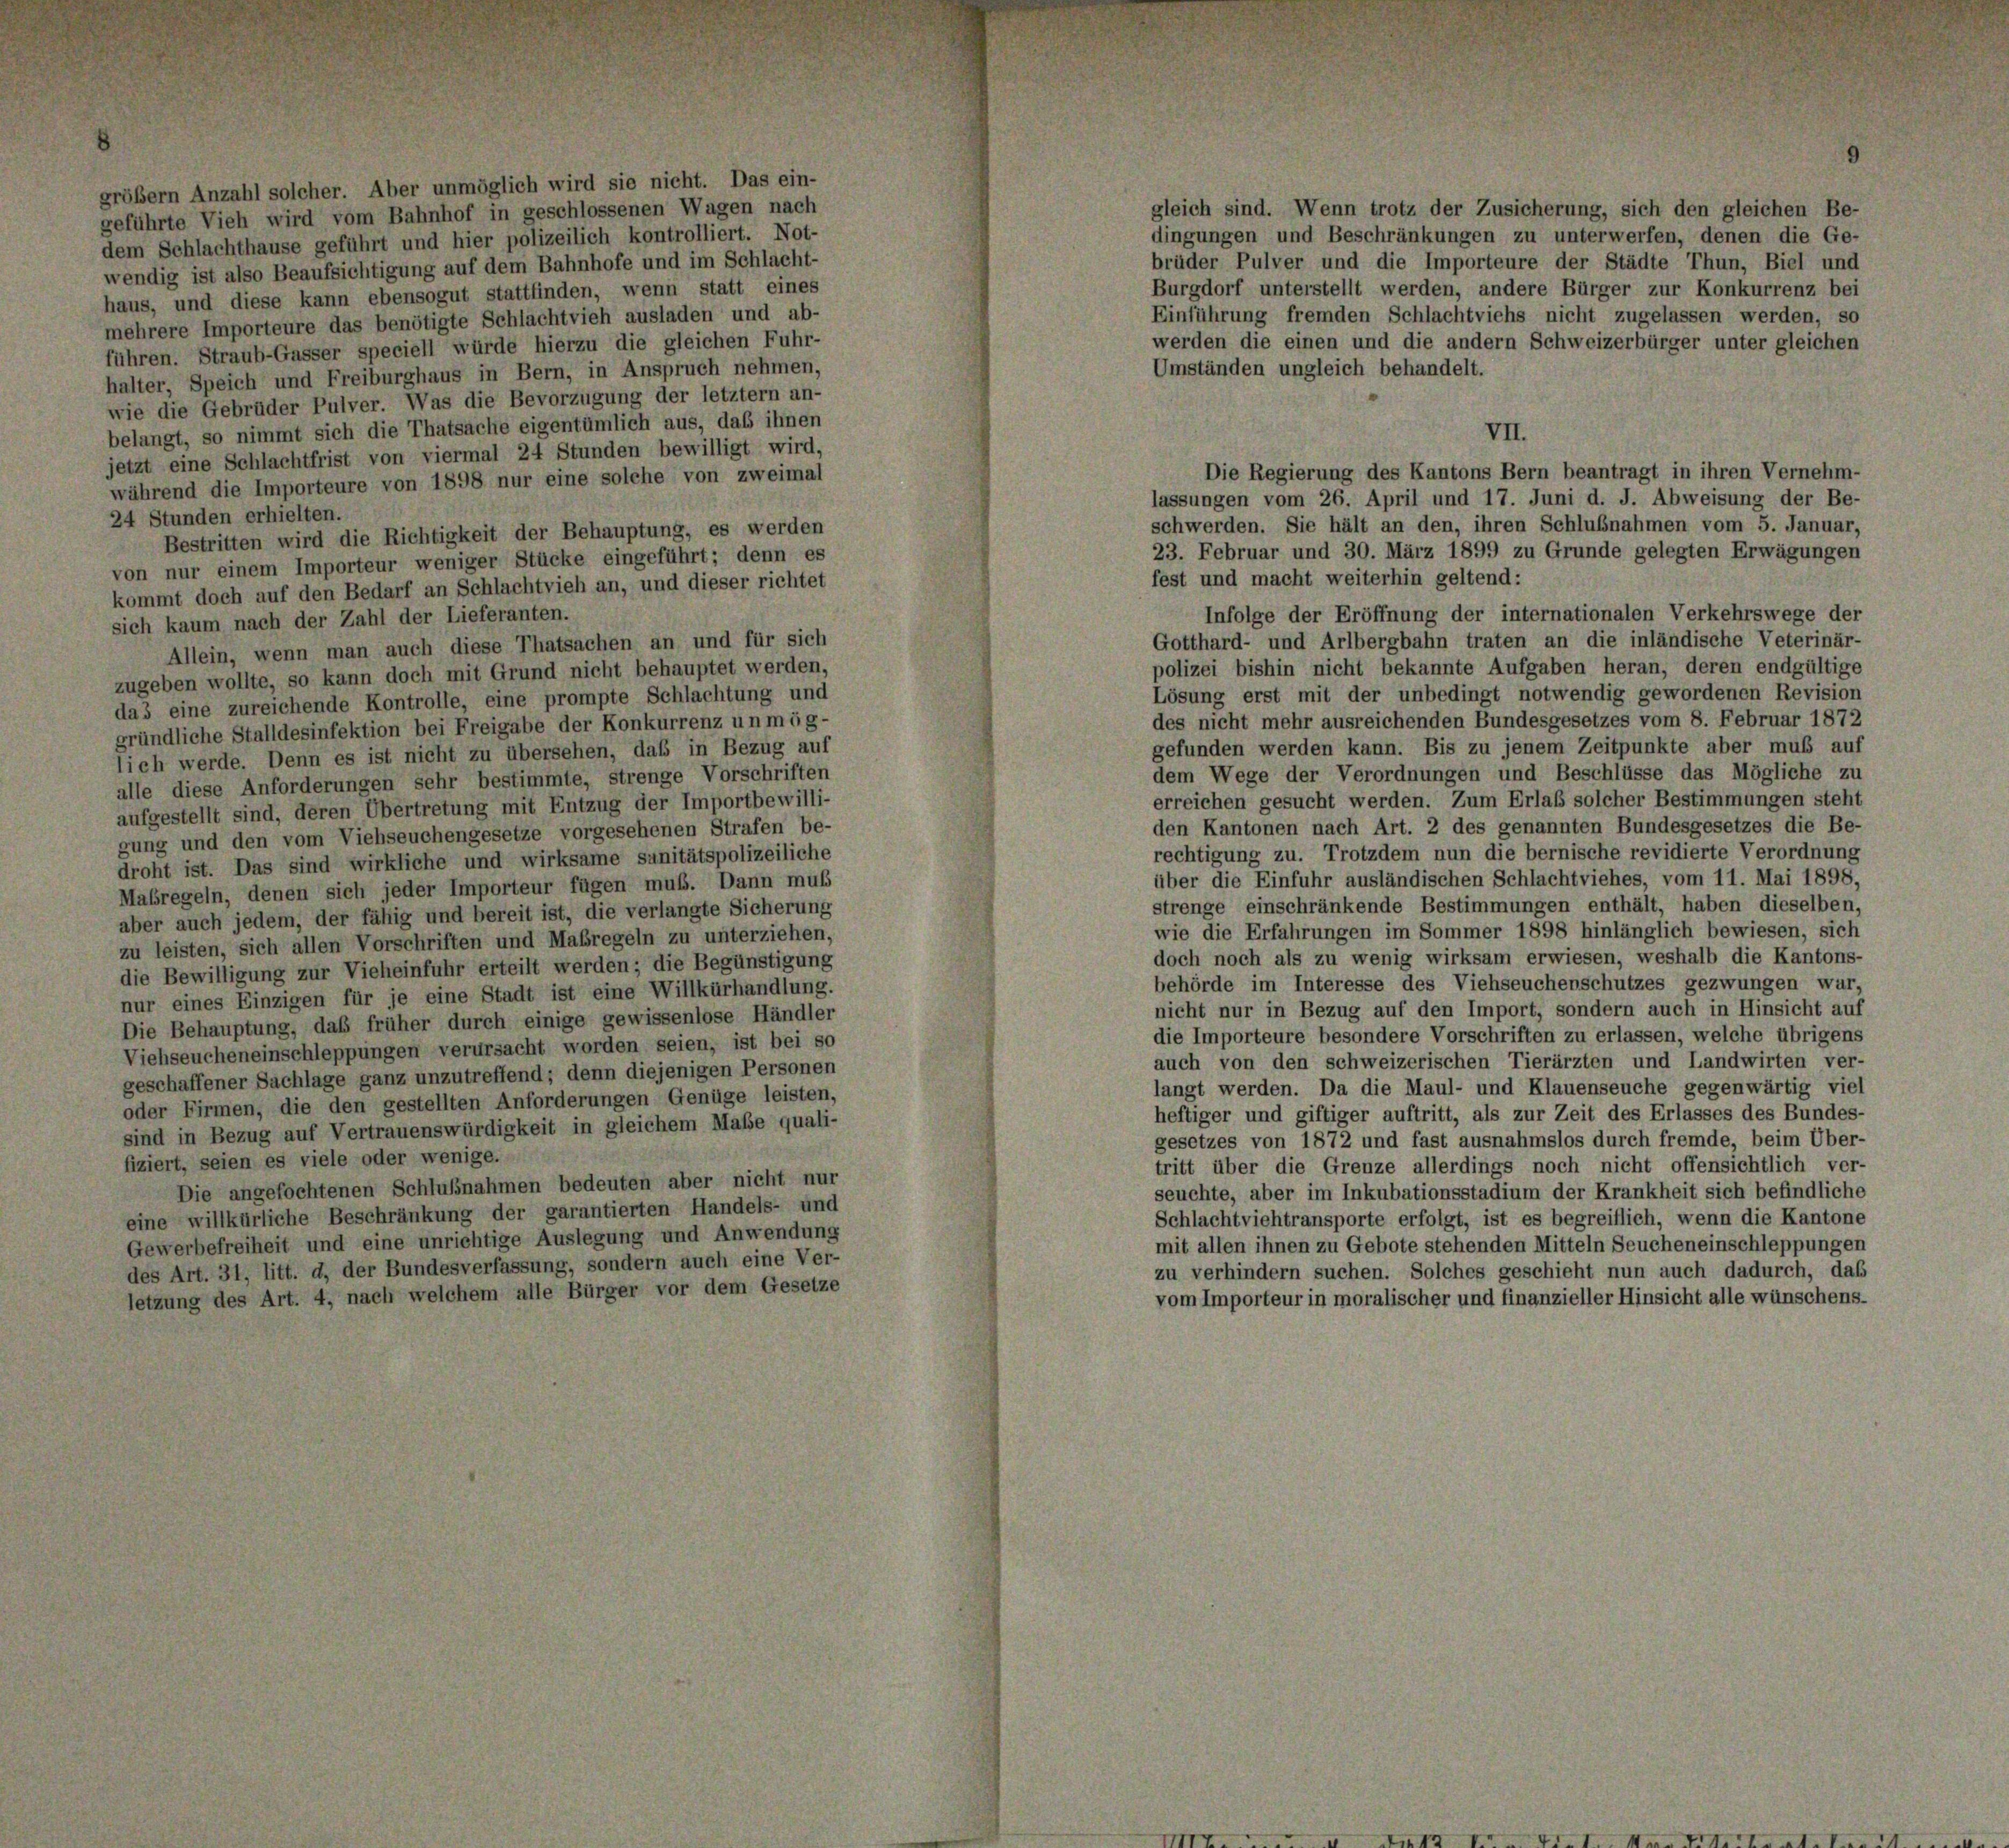
größer Anzahl solcher. Aber unmöglich wird sie nicht. Das ein-
geführte Vieh wird vom Bahnhof in geschlossenen Wagen nach
dem Schlachthause geführt und hier polizeilich kontrolliert. Not-
wendig ist also Beaufsichtigung auf dem Bahnhofe und im Schlacht-
haus, und diese kann ebensogut stattfinden, wenn statt eines
mehrere Importeure das benötigte Schlachtvieh ausladen und ab-
führen. Straub-Gasser speciell würde hierzu die gleichen Fuhr-
halter, Speich und Freiburghaus in Bern, in Anspruch nehmen,
wie die Gebrüder Pulver. Was die Bevorzugung der letztem an-
belangt, so nimmt sich die Thatsache eigentümlich aus, daß ihnen
jetzt eine Schlachtfrist von viermal 24 Stunden bewilligt wird,
während die Importeure von 1898 nur eine solche von zweimal
24 Stunden erhielten.
Bestritten wird die Richtigkeit der Behauptung, es werden
von nur einem Importeur weniger Stücke eingeführt; denn es
kommt doch auf den Bedarf an Schlachtvieh an, und dieser richtet
sich kaum nach der Zahl der Lieferanten.
Allein, wenn man auch diese Thatsachen an und für sich
zugeben wollte, so kann doch mit Grund nicht behauptet werden,
das eine zureichende Kontrolle, eine prompte Schlachtung und
gründliche Stalldesinfektion bei Freigabe der Konkurrenz unmög-
lich werde. Denn es ist nicht zu übersehen, daß in Bezug auf
alle diese Anforderungen sehr bestimmte, strenge Vorschriften
aufgestellt sind, deren Übertretung mit Entzug der Importbewilli-
gung und den vom Viehseuchengesetze vorgesehenen Strafen be-
droht ist. Das sind wirkliche und wirksame sanitätspolizeiliche
Maßregeln, denen sich jeder Importeur fügen muß. Dann muß
aber auch jedem, der fähig und bereit ist, die verlangte Sicherung
zu leisten, sich allen Vorschriften und Maßregeln zu unterziehen,
die Bewilligung zur Vieheinfuhr erteilt werden; die Begünstigung
nur eines Einzigen für je eine Stadt ist eine Willkürhandlung.
Die Behauptung, daß früher durch einige gewissenlose Händler
Viehseucheneinschleppungen verursacht worden seien, ist bei so
geschaffener Sachlage ganz unzutreffend; denn diejenigen Personen
oder Firmen, die den gestellten Anforderungen Genüge leisten,
sind in Bezug auf Vertrauenswürdigkeit in gleichem Maße quali-
fiziert, seien es viele oder wenige.
Die angefochtenen Schlußnahmen bedeuten aber nicht nur
eine willkürliche Beschränkung der garantierten Handels- und
Gewerbefreiheit und eine unrichtige Auslegung und Anwendung
des Art. 31, litt. d, der Bundesverfassung, sondern auch eine Ver-
letzung des Art. 4, nach welchem alle Bürger vor dem Gesetze

Burgdorf unterstellt werden, andere Bürger zur Konkurrenz bei
Einführung fremden Schlachtviehs nicht zugelassen werden, so
werden die einen und die andern Schweizerbürger unter gleichen
Umständen ungleich behandelt.
VII.
Die Regierung des Kantons Bern beantragt in ihren Vernehm-
lassungen vom 26. April und 17. Juni d. J. Abweisung der Be-
schwerden. Sie hält an den, ihren Schlußnahmen vom 5. Januar,
23. Februar und 30. März 1899 zu Grunde gelegten Erwägungen
Infolge der Eröffnung der internationalen Verkehrswege der
Gotthard- und Arlbergbahn traten an die inländische Veterinär-
polizei bishin nicht bekannte Aufgaben heran, deren endgültige
Lösung erst mit der unbedingt notwendig gewordenen Revision
des nicht mehr ausreichenden Bundesgesetzes vom 8. Februar 1872
gefunden werden kann. Bis zu jenem Zeitpunkte aber muß auf
dem Wege der Verordnungen und Beschlüsse das Mögliche zu
erreichen gesucht werden. Zum Erlaß solcher Bestimmungen steht
den Kantonen nach Art. 2 des genannten Bundesgesetzes die Be-
rechtigung zu. Trotzdem nun die bernische revidierte Verordnung
über die Einfuhr ausländischen Schlachtviehes, vom 11. Mai 1898,
strenge einschränkende Bestimmungen enthält, haben dieselben,
wie die Erfahrungen im Sommer 1898 hinlänglich bewiesen, sich
doch noch als zu wenig wirksam erwiesen, weshalb die Kantons-
behörde im Interesse des Viehseuchenschutzes gezwungen war,
nicht nur in Bezug auf den Import, sondern auch in Hinsicht auf
die Importeure besondere Vorschriften zu erlassen, welche übrigens
auch von den schweizerischen Tierärzten und Landwirten ver-
langt werden. Da die Maul- und Klauenseuche gegenwärtig viel
heftiger und giftiger auftritt, als zur Zeit des Erlasses des Bundes-
gesetzes von 1872 und fast ausnahmslos durch fremde, beim Über-
tritt über die Grenze allerdings noch nicht offensichtlich ver-
seuchte, aber im Inkubationsstadium der Krankheit sich befindliche
Schlachtviehtransporte erfolgt, ist es begreiflich, wenn die Kantone
mit allen ihnen zu Gebote stehenden Mitteln Seucheneinschleppungen
zu verhindern suchen. Solches geschieht nun auch dadurch, das
vom Importeur in moralischer und finanzieller Hinsicht alle wünschens-

gleich sind. Wenn trotz der Zusicherung, sich den gleichen Be-
dingungen und Beschränkungen zu unterwerfen, denen die Ge-
brüder Pulver und die Importeure der Städte Thun, Biel und

fest und macht weiterhin geltend: